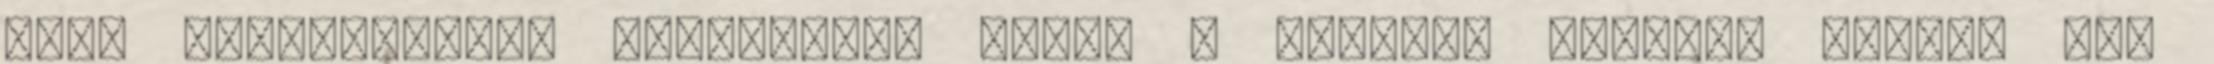
hogy különösebben trágyázták volna a kerítés alját.A babbal még